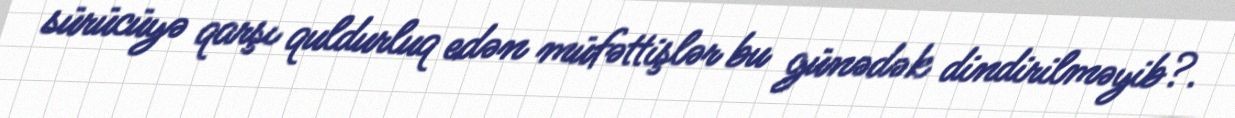
sürücüyə qarşı quldurluq edən müfəttişlər bu günədək dindirilməyib?.